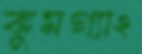
কুমগ্যাং